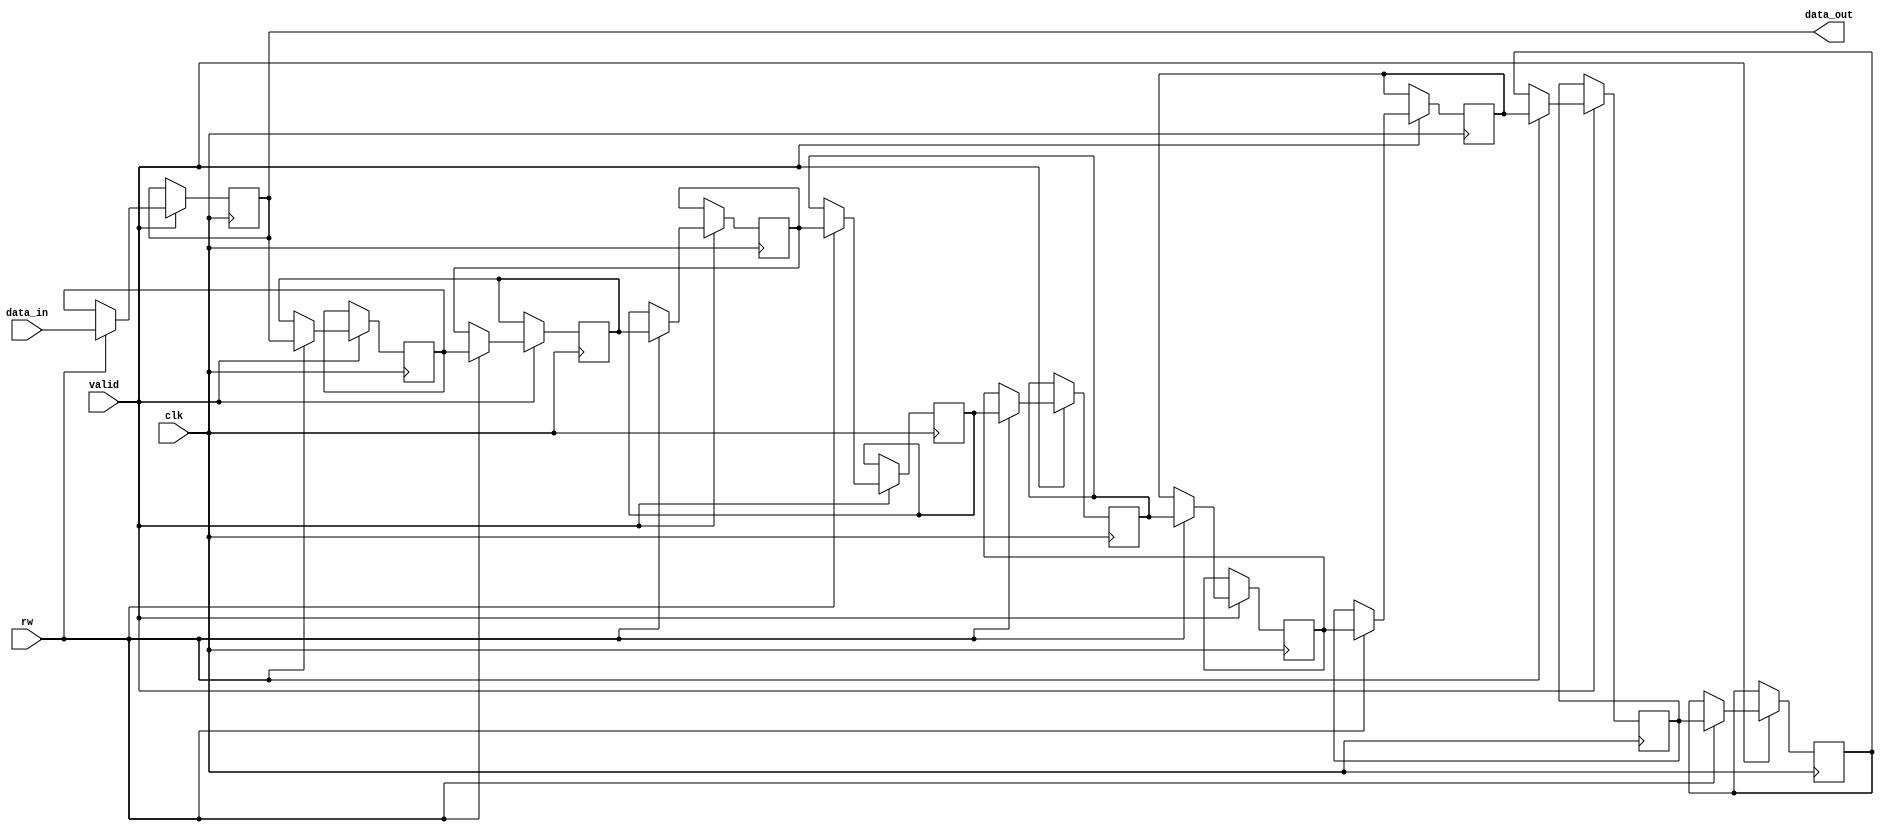
module stack(clk,valid,rw,data_in,data_out);
input clk;
input valid;
input rw;
input [3:0] data_in;
output [3:0] data_out;
integer i;
reg [3:0] data[0:9];
assign data_out=data[0];
always@(posedge clk) begin
	if(valid) begin
		if(rw) begin//read
			data[0]<=data_in;
			for(i=0;i<9;i=i+1) data[i+1]<=data[i];
		end
		else begin
			for(i=0;i<9;i=i+1) data[i]<=data[i+1];
		end
	end
end
endmodule
module rails(clk, reset, data, valid, result);
input        clk;
input        reset;
input  [3:0] data;
output reg      valid;
output reg      result; 

localparam IN_NUM=0,IN_SEQ=1,BUSY=2,WAIT=3;

reg [1:0] status;
//enum status{IN_NUM,IN_SEQ,BUSY,WAIT};

reg [3:0] in_cnt,out_cnt,station_cnt;//in[0:9],station[0:9];

reg dir_b_valid,dir_b_rw;
wire[3:0] dir_b_out;
stack dir_b(.clk(clk),.valid(dir_b_valid),.rw(dir_b_rw),.data_in(data),.data_out(dir_b_out));

reg station_valid,station_rw;
wire[3:0] station_out;
stack station(.clk(clk),.valid(station_valid),.rw(station_rw),.data_in(dir_b_out),.data_out(station_out));
always@(*) begin
	case(status)
		IN_SEQ: begin
			{dir_b_valid,dir_b_rw}<={|out_cnt,1'b1};
			{station_valid,station_rw}<=2'b0x;
		end
		BUSY: begin
			case({out_cnt,1'b1})
				{dir_b_out,(|in_cnt)}: begin
					{dir_b_valid,dir_b_rw}<=2'b10;
					{station_valid,station_rw}<=2'b0x;
				end
				{station_out,(|station_cnt)}: begin
					{dir_b_valid,dir_b_rw}<=2'b0x;
					{station_valid,station_rw}<=2'b10;
				end
				default: begin
					if(in_cnt) begin
						{dir_b_valid,dir_b_rw}<=2'b10;
						{station_valid,station_rw}<=2'b11;
					end
					else begin
						{dir_b_valid,dir_b_rw}<=2'b0x;
						{station_valid,station_rw}<=2'b0x;
					end
				end
			endcase
		end
		default: begin
			{dir_b_valid,dir_b_rw}<=2'b0x;
			{station_valid,station_rw}<=2'b0x;
		end
	endcase
end

always@(posedge clk,posedge reset) begin
	if(reset) begin
		status<=IN_NUM;
		valid<=1'b0;
		result<=1'b0;
		station_cnt<=4'd0;
	end
	else begin
		case(status)
			IN_NUM: begin
				out_cnt<=data;
				in_cnt<=data;
				status<=IN_SEQ;
			end
			IN_SEQ: begin
				if(!out_cnt) begin
					station_cnt<=4'd0;
					status<=BUSY;
					out_cnt<=in_cnt;
				end
				else begin
					out_cnt<=out_cnt-1;
				end
			end
			BUSY: begin
				case({out_cnt,1'b1})
					{dir_b_out,(|in_cnt)}: begin
						in_cnt<=in_cnt-1;
						out_cnt<=out_cnt-1;
					end
					{station_out,(|station_cnt)}: begin
						station_cnt<=station_cnt-1;
						out_cnt<=out_cnt-1;
					end
					default: begin
						if(in_cnt) begin
							in_cnt<=in_cnt-1;
							station_cnt<=station_cnt+1;
						end
						else begin
							{valid,result}<={1'b1,&(~station_cnt)};
							status<=WAIT;
						end
					end
				endcase
			end
			WAIT: begin
				{valid,result}<=2'b00;
				status<=IN_NUM;
			end
		endcase
	end
end
/*
	Write Your Design Here ~
*/

endmodule